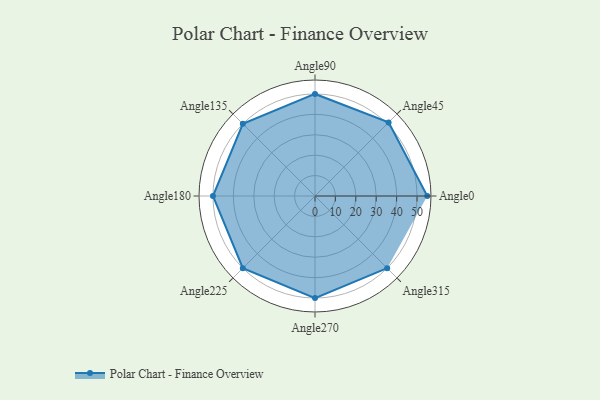
{"axis": {"x": "Angle", "y": "Radius"}, "legend": [""], "data": [{"x": "Angle0", "y": 55.0, "type": ""}, {"x": "Angle45", "y": 51.0, "type": ""}, {"x": "Angle90", "y": 50, "type": ""}, {"x": "Angle135", "y": 50, "type": ""}, {"x": "Angle180", "y": 50, "type": ""}, {"x": "Angle225", "y": 50, "type": ""}, {"x": "Angle270", "y": 50, "type": ""}, {"x": "Angle315", "y": 50, "type": ""}]}